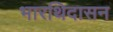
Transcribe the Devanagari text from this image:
भारथिदासन